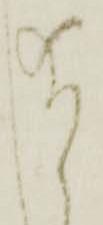
給